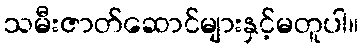
သမီးဇာတ်ဆောင်များနှင့်မတူပါ။